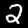
Label: 2